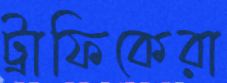
ট্রাফিকেরা